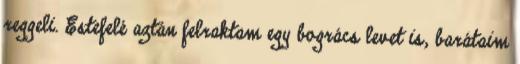
reggeli. Estefelé aztán felraktam egy bogrács levet is, barátaim